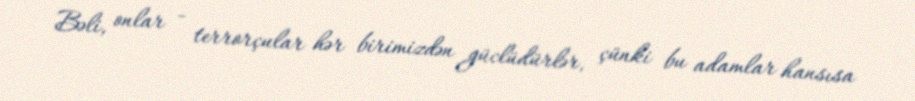
Bəli, onlar - terrorçular hər birimizdən güclüdürlər, çünki bu adamlar hansısa